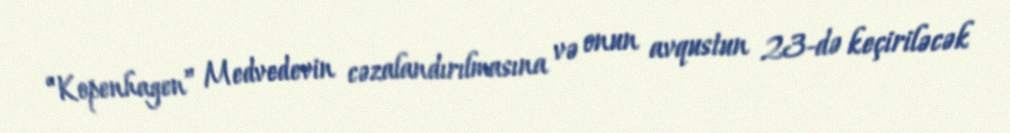
“Kopenhagen” Medvedevin cəzalandırılmasına və onun avqustun 23-də keçiriləcək